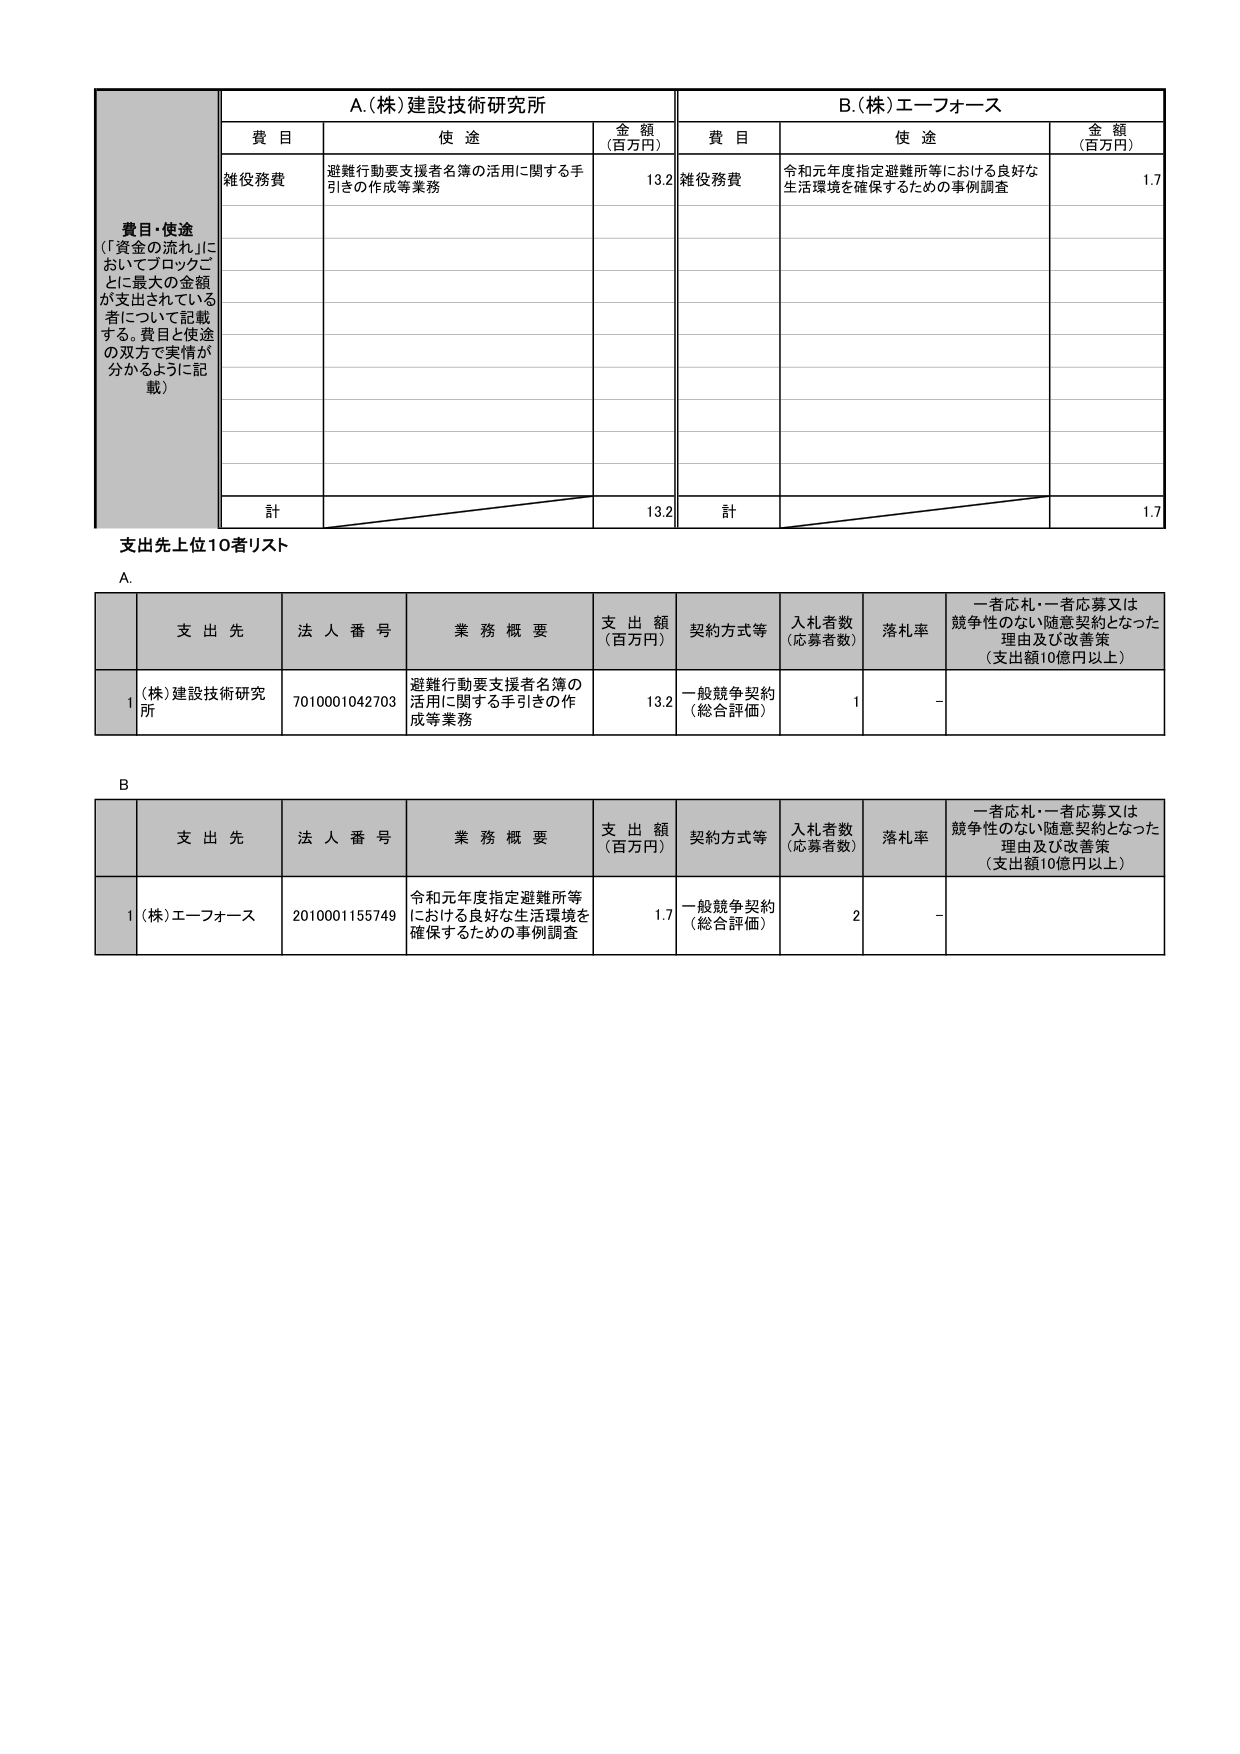
費目・使途
（「資金の流れ」においてブロックごとに最大の金額が支出されている者について記載する。費目と使途の双方で実情が分かるように記載）

A.（株）建設技術研究所
費目　　使途　　　　　　　　　　　　　　　　　　金額（百万円）
雑役務費　避難行動要支援者名簿の活用に関する手引きの作成等業務　　13.2

B.（株）エーフォース
費目　　使途　　　　　　　　　　　　　　　　　　金額（百万円）
雑役務費　令和元年度指定避難所等における良好な生活環境を確保するための事例調査　　1.7

計　　　　　　　　　　　　　　　　　　　　　　　　13.2
計　　　　　　　　　　　　　　　　　　　　　　　　1.7

支出先上位10者リスト

A.
支 出 先　　法 人 番 号　　業 務 概 要　　　　　　　　　支 出 額（百万円）　契約方式等　　入札者数（応募者数）　落札率　　一者応札・一者応募又は競争性のない随意契約となった理由及び改善策（支出額10億円以上）
1　（株）建設技術研究所　　7010001042703　　避難行動要支援者名簿の活用に関する手引きの作成等業務　　13.2　一般競争契約（総合評価）　　1　　－

B.
支 出 先　　法 人 番 号　　業 務 概 要　　　　　　　　　支 出 額（百万円）　契約方式等　　入札者数（応募者数）　落札率　　一者応札・一者応募又は競争性のない随意契約となった理由及び改善策（支出額10億円以上）
1　（株）エーフォース　　2010001155749　　令和元年度指定避難所等における良好な生活環境を確保するための事例調査　　1.7　一般競争契約（総合評価）　　2　　－